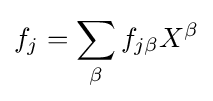
f_{j}=\sum _{\beta }f_{j\beta }X^{\beta }